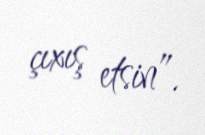
çıxış etsin”.